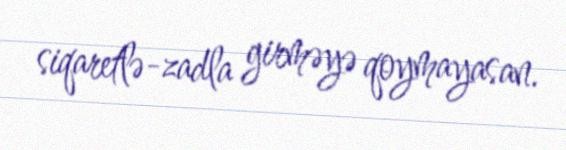
siqaretlə-zadla girməyə qoymayasan.